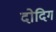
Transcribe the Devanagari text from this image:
दोदिग